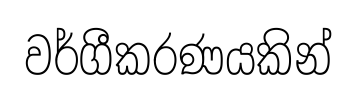
වර්ගීකරණයකින්